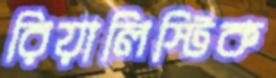
রিয়ালিস্টিক